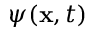
\psi ( \mathbf { x } , t )